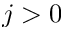
j > 0